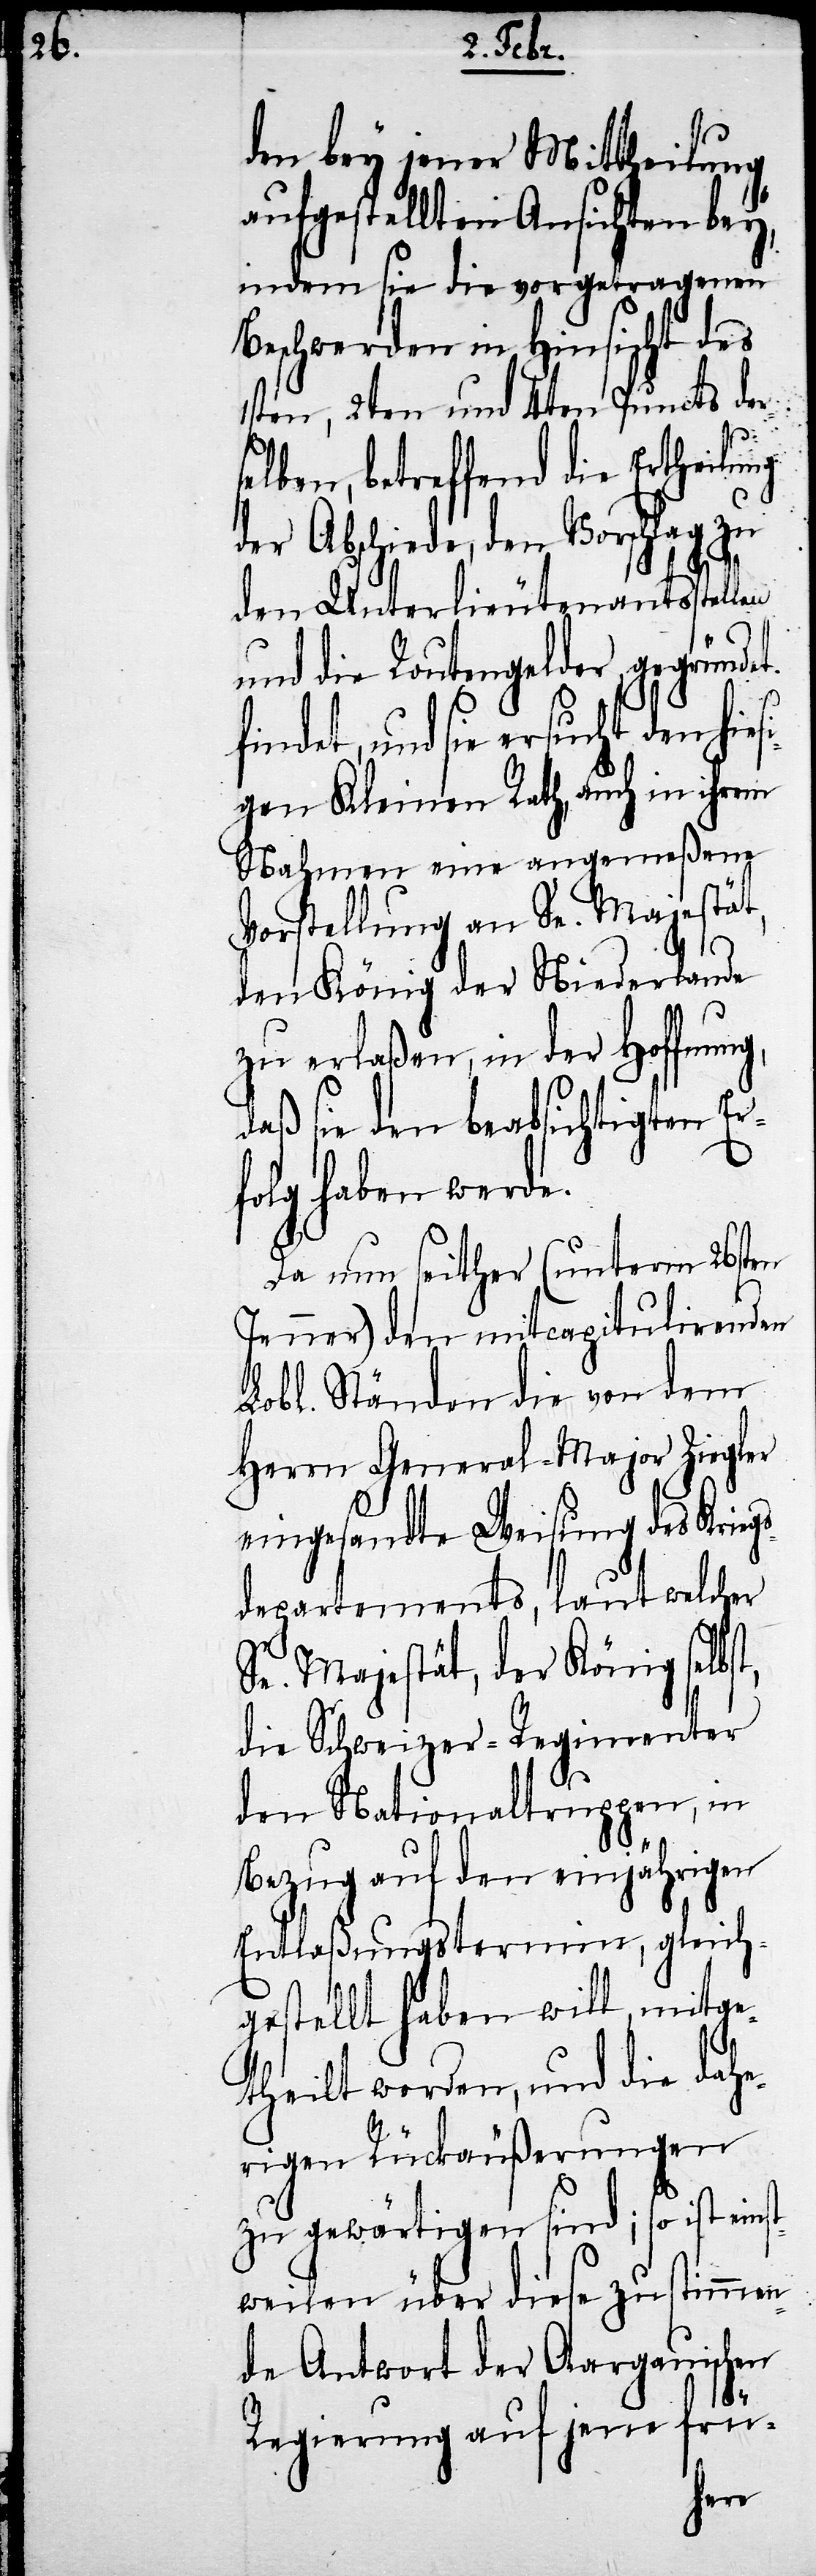
den bey jener Mittheilung
aufgestellten Ansichten bey,
indem sie die vorgetragenen
Beschwerden in Hinsicht des
1sten, 2ten und 4ten Puncts der¬
si¬
selben, betreffend die Ertheilung
der Abschiede, den Vorschlag zu
den Unterlieutenantsstellen
und die Routengelder gegründet
findet, und sie ersucht den hie¬
gen Kleinen Rath, auch in ihrem
Nahmen eine angemeßene
Vorstellung an Se. Majestät,
den König der Niederlande
zu erlaßen, in der Hoffnung,
daß sie den beabsichtigten Er¬
folg haben werde.
Da nun seither (unterm 26sten
Jenner) den mitcapitulirenden
Lobl. Ständen die von dem
Herrn General-Major Ziegler
eingesandte Weisung des Krieg¬
sdepartements, laut welcher
Se. Majestät, der König selbs¬
die Schweizer-Regimenter
den Nationaltruppen, in
Bezug auf den einjährigen
Entlaßungstermin, gleich¬
gestellt haben will, mitge¬
theilt worden, und die dahe¬
t,
rigen Rückäußerungen
zu gewärtigen sind; so ist eins¬
tweilen über diese zustimmen¬
de Antwort der Aargauischen
Regierung auf jene frü-